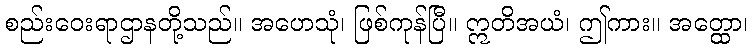
စည်းဝေးရာဌာနတို့သည်။ အဟေသုံ၊ ဖြစ်ကုန်ပြီ။ ဣတိအယံ၊ ဤကား။ အတ္ထော၊